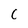
Character: C